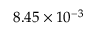
8 . 4 5 \times 1 0 ^ { - 3 }